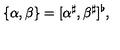
\{ \alpha , \beta \} = [ \alpha ^ { \sharp } , \beta ^ { \sharp } ] ^ { \flat } ,